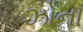
ઝોના